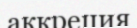
аккреция